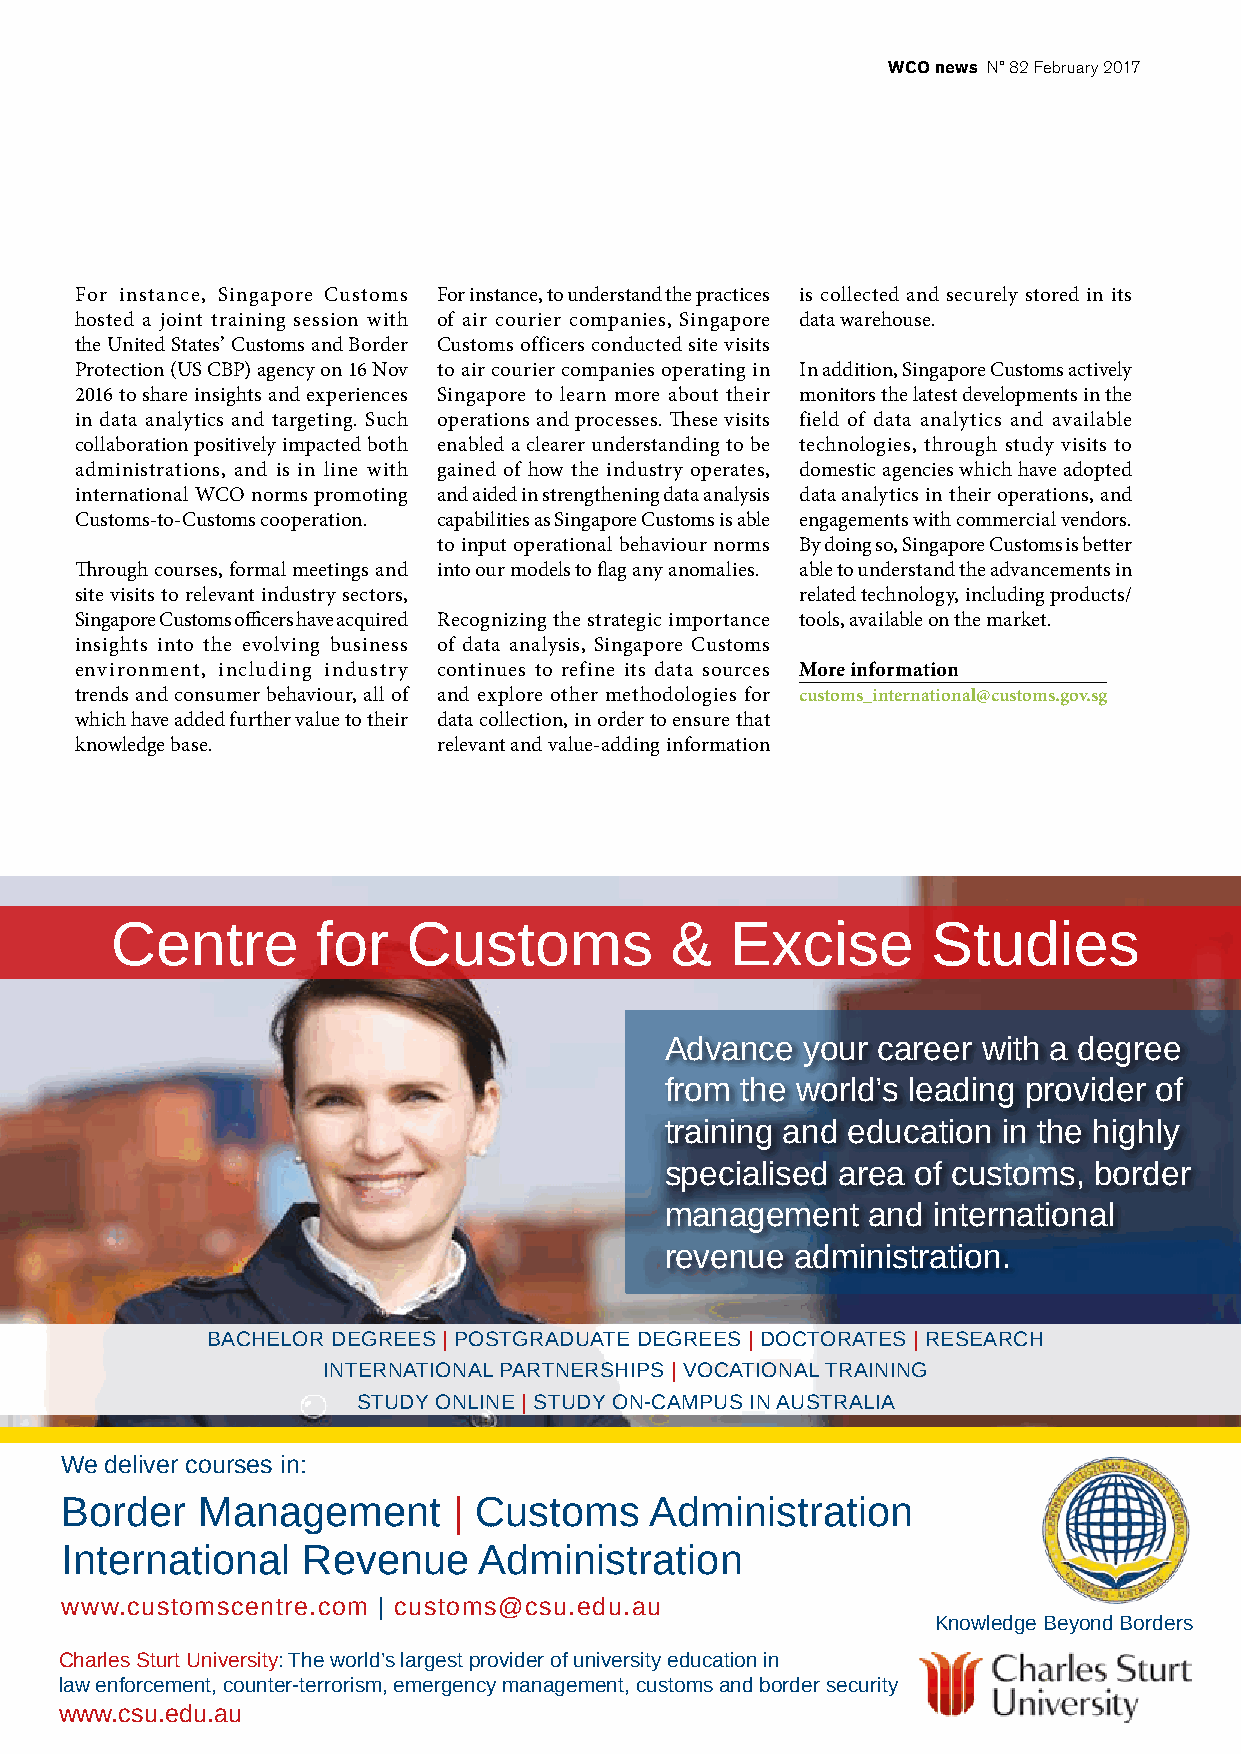
WCO news N° 82 February 2017
 For instance, Singapore Customs For instance, to understand the practices is collected and securely stored in its
 hosted a joint training session with of air courier companies, Singapore data warehouse.
 the United States’ Customs and Border Customs officers conducted site visits
 Protection (US CBP) agency on 16 Nov to air courier companies operating in In addition, Singapore Customs actively
 2016 to share insights and experiences Singapore to learn more about their monitors the latest developments in the
 in data analytics and targeting. Such operations and processes. These visits field of data analytics and available
 collaboration positively impacted both enabled a clearer understanding to be technologies, through study visits to
 administrations, and is in line with gained of how the industry operates, domestic agencies which have adopted
 international WCO norms promoting and aided in strengthening data analysis data analytics in their operations, and
 Customs-to-Customs cooperation. capabilities as Singapore Customs is able engagements with commercial vendors.
 to input operational behaviour norms By doing so, Singapore Customs is better
 Through courses, formal meetings and into our models to flag any anomalies. able to understand the advancements in
 site visits to relevant industry sectors,       related technology, including products/
 Singapore Customs officers have acquired Recognizing the strategic importance tools, available on the market.
 insights into the evolving business of data analysis, Singapore Customs
 environment, including industry continues to refine its data sources More information
 trends and consumer behaviour, all of and explore other methodologies for customs_international@customs.gov.sg
 which have added further value to their data collection, in order to ensure that
 knowledge base.         relevant and value-adding information
 Centre        for   Customs          &   Excise        Studies
 Advance  your career with a degree
 from the world’s leading provider of
 training and education in the highly
 specialised area of customs, border
 management   and  international
 revenue  administration.
 BACHELOR DEGREES | POSTGRADUATE DEGREES | DOCTORATES | RESEARCH
 INTERNATIONAL PARTNERSHIPS | VOCATIONAL TRAINING
 STUDY ONLINE | STUDY ON-CAMPUS IN AUSTRALIA
 We deliver courses in:
 Border   Management       | Customs    Administration
 International   Revenue     Administration
 www.customscentre.com | customs@csu.edu.au
 Knowledge Beyond Borders
 Charles Sturt University: The world’s largest provider of university education in
 law enforcement, counter-terrorism, emergency management, customs and border security
 21
 www.csu.edu.au